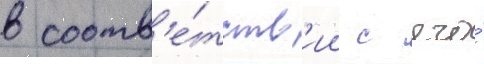
в соотв'е́тств'ии с его́